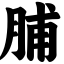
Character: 脯